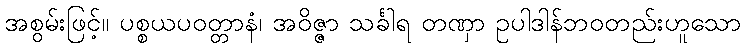
အစွမ်းဖြင့်။ ပစ္စယပဝတ္တာနံ၊ အဝိဇ္ဇာ သင်္ခါရ တဏှာ ဥပါဒါန်ဘဝတည်းဟူသော